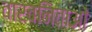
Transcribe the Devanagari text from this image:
वारवनिताओं